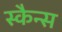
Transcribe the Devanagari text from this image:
स्कैन्स